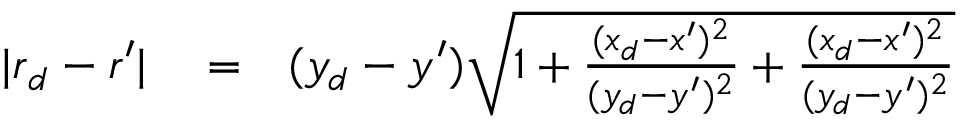
\begin{array} { r l r } { | \boldsymbol { r } _ { d } - \boldsymbol { r } ^ { \prime } | } & { { } = } & { ( y _ { d } - y ^ { \prime } ) \sqrt { 1 + \frac { ( x _ { d } - x ^ { \prime } ) ^ { 2 } } { ( y _ { d } - y ^ { \prime } ) ^ { 2 } } + \frac { ( x _ { d } - x ^ { \prime } ) ^ { 2 } } { ( y _ { d } - y ^ { \prime } ) ^ { 2 } } } } \end{array}